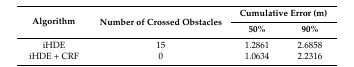
| <ROWSPAN=2> Algorithm | <ROWSPAN=2> Number of Crossed Obstacles | <COLSPAN=2> Cumulative Error (m) |
 | 50% | 90% |
 | --- | --- | --- | --- |
 | iHDE | 15 | 1.2861 | 2.6858 |
 | iHDE + CRF | 0 | 1.0634 | 2.2316 |